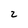
Character: 2